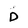
Character: D